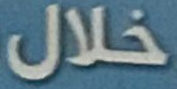
خلال